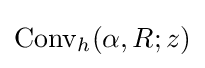
\operatorname {Conv} _{h}(\alpha ,R;z)